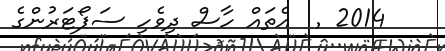
2014